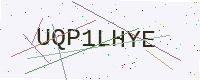
Text: UQP1LHYE